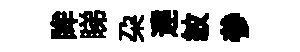
眸睇朶䢖紋參